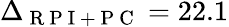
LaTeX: \Delta_{\mathrm{~R~P~I~+~P~C~}}=22.1